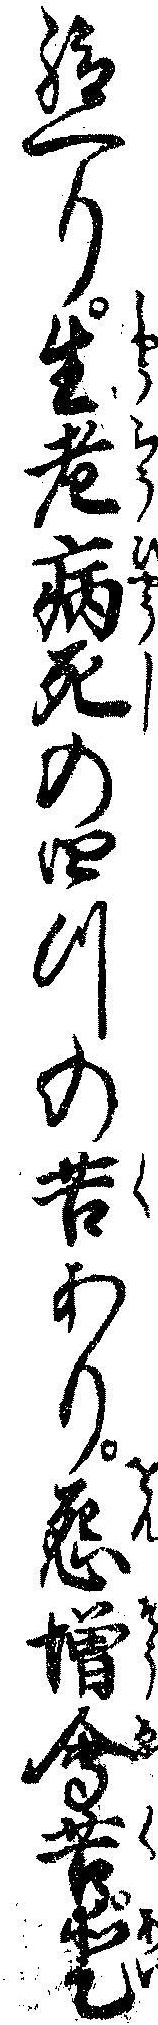
給へり生老病死の四つの苦あり怨憎会苦愛